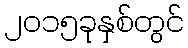
၂၀၁၅ခုနှစ်တွင်